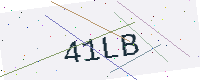
Text: 41LB